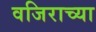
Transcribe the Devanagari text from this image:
वजिराच्या